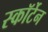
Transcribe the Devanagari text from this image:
स्कॉर्टेन